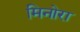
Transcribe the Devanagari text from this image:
मिनोरा